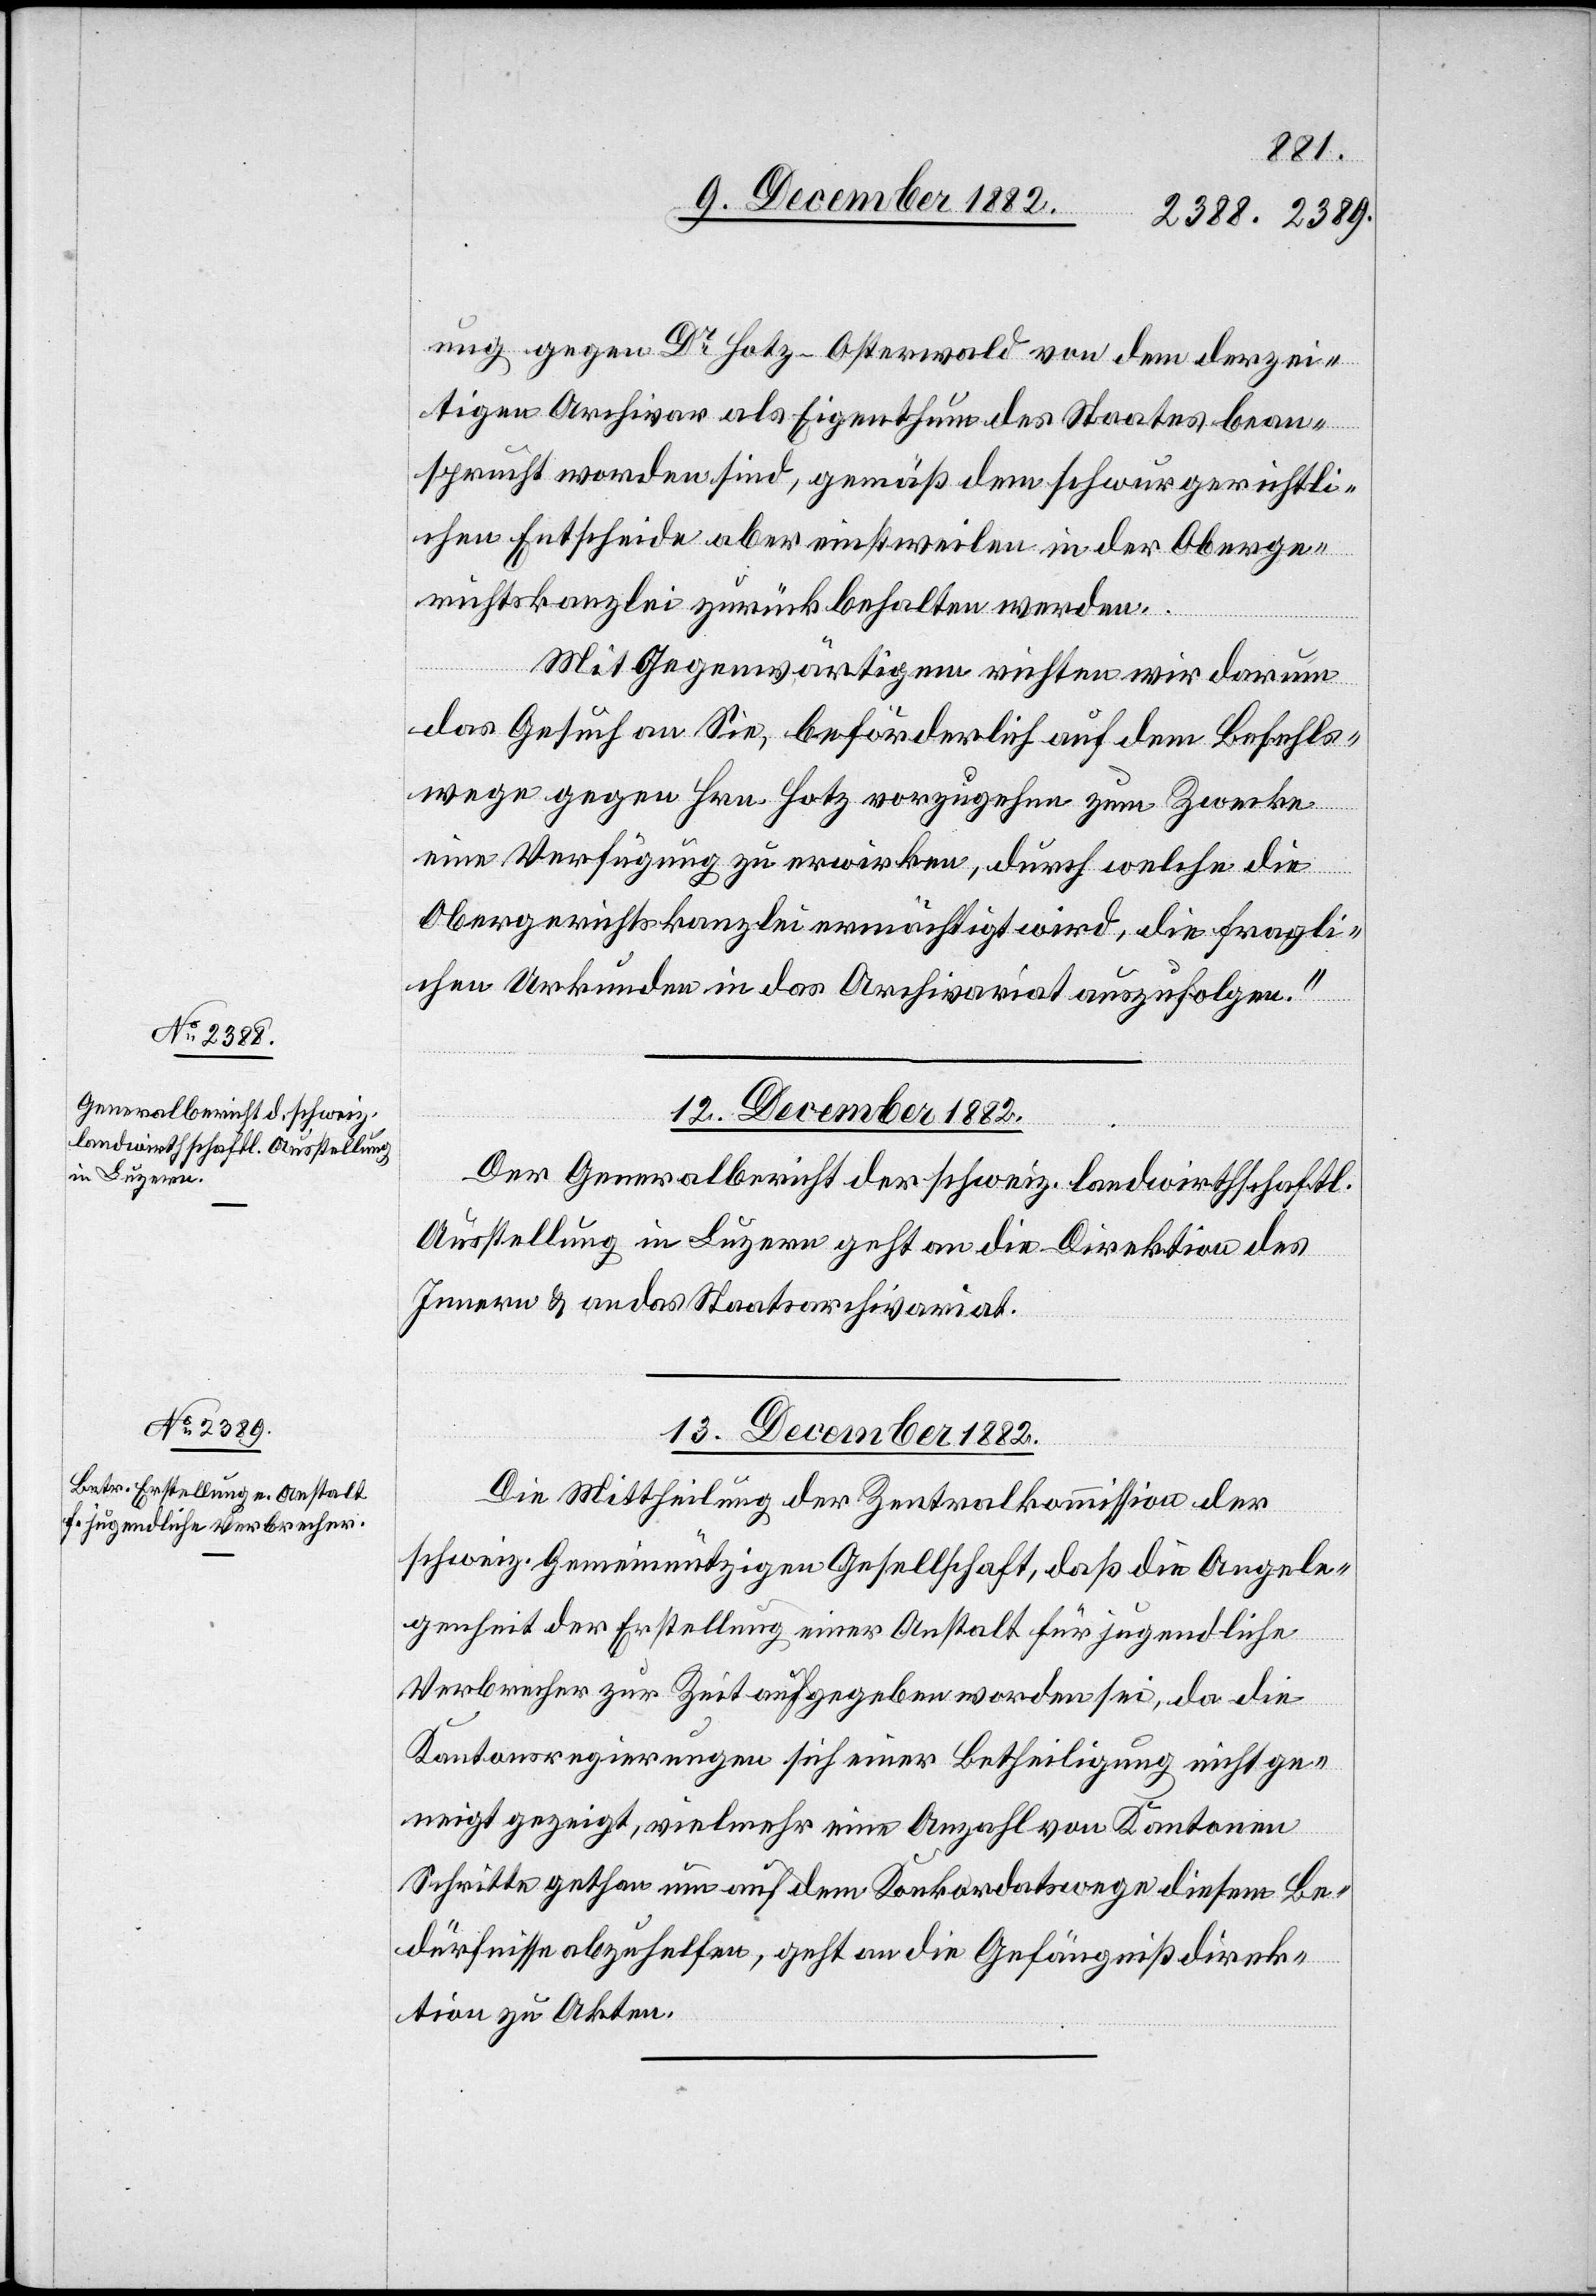
ung gegen Dr Hotz-Osterwald von dem derzei¬
tigen Archivar als Eigenthum des Staates bean¬
sprucht worden sind, gemäß dem schwurgerichtli¬
chen Entscheide aber einstweilen in der Oberge¬
richtskanzlei zurückbehalten werden.
Mit Gegenwärtigem richten wir darum
das Gesuch an Sie, beförderlich auf dem Befehls¬
wege gegen Hrn. Hotz vorzugehen zum Zwecke
eine Verfügung zu erwirken, durch welche die
Obergerichtskanzlei ermächtigt wird, die fragli¬
chen Urkunden in das Archivariat auszufolgen.“
12. December 1882.
Der Generalbericht der schweiz. landwirthschaftl.
Ausstellung in Luzern geht an die Direktion des
Innern & an das Staatsarchivariat.
13. December 1882.
Die Mittheilung der Zentralkommission der
schweiz. Gemeinnützigen Gesellschaft, daß die Angele¬
genheit der Erstellung einer Anstalt für jugendliche
Verbrecher zur Zeit aufgegeben worden sei, da die
Kantonsregierungen sich einer Betheiligung nicht ge¬
neigt gezeigt, vielmehr eine Anzahl von Kantonen
Schritte gethan um auf dem Konkordatswege diesem Be¬
dürfnisse abzuhelfen, geht an die Gefängnißdirek¬
tion zu Akten.